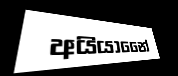
අයියානෛ්